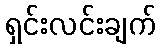
ရှင်းလင်းချက်